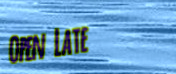
Open Late